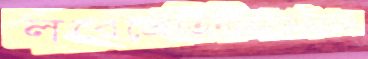
লবেপ্রেতিনীভাঙ্গাইয়াছে